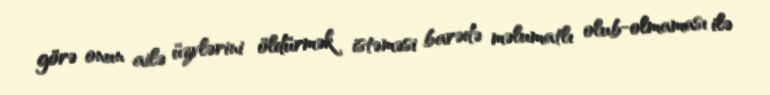
görə onun ailə üzvlərini öldürmək istəməsi barədə məlumatlı olub-olmaması ilə